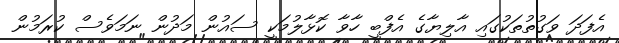
އެފަދަ ވަގުތުތަކުގައި އާލިޔާގެ އެފްބީ ހާވާ ކޮޅާލުމަކީ ސައުން މަދުން ނަމަވެސް ކުރަމުން